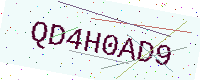
Text: QD4H0AD9